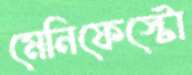
মেনিফেস্টো